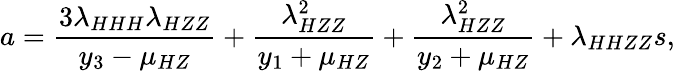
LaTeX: a=\frac{3\lambda_{HHH}\lambda_{HZZ}}{y_{3}-\mu_{HZ}}+\frac{\lambda_{HZZ}^{2}}{y_{1}+\mu_{HZ}}+\frac{\lambda_{HZZ}^{2}}{y_{2}+\mu_{HZ}}+\lambda_{HHZZ}s,